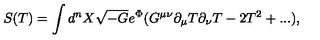
S ( T ) = \int d ^ { n } X \sqrt { - G } e ^ { \Phi } ( G ^ { \mu \nu } \partial _ { \mu } T \partial _ { \nu } T - 2 T ^ { 2 } + . . . ) ,